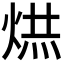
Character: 𭴹